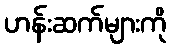
ဟန်းဆက်များကို